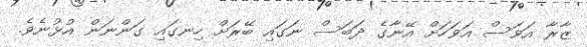
ޒާރާ އަވަސް އަވަހަށް އޭނާގެ ދަބަސް ނަގައި ބޭރަށް ހިނގައި ގަންނަން އުޅުނެވެ.